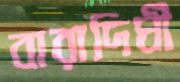
বারাদিঘী